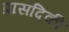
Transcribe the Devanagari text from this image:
प्रासदिकी